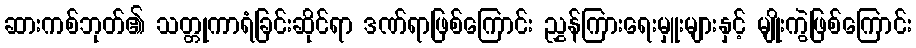
ဆားကစ်ဘုတ်၏ သတ္တုကာရံခြင်းဆိုင်ရာ ဒဏ်ရာဖြစ်ကြောင်း ညွှန်ကြားရေးမှူးများနှင့် မျိုးကွဲဖြစ်ကြောင်း